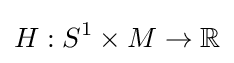
H:S^{1}\times M\to \mathbb {R}